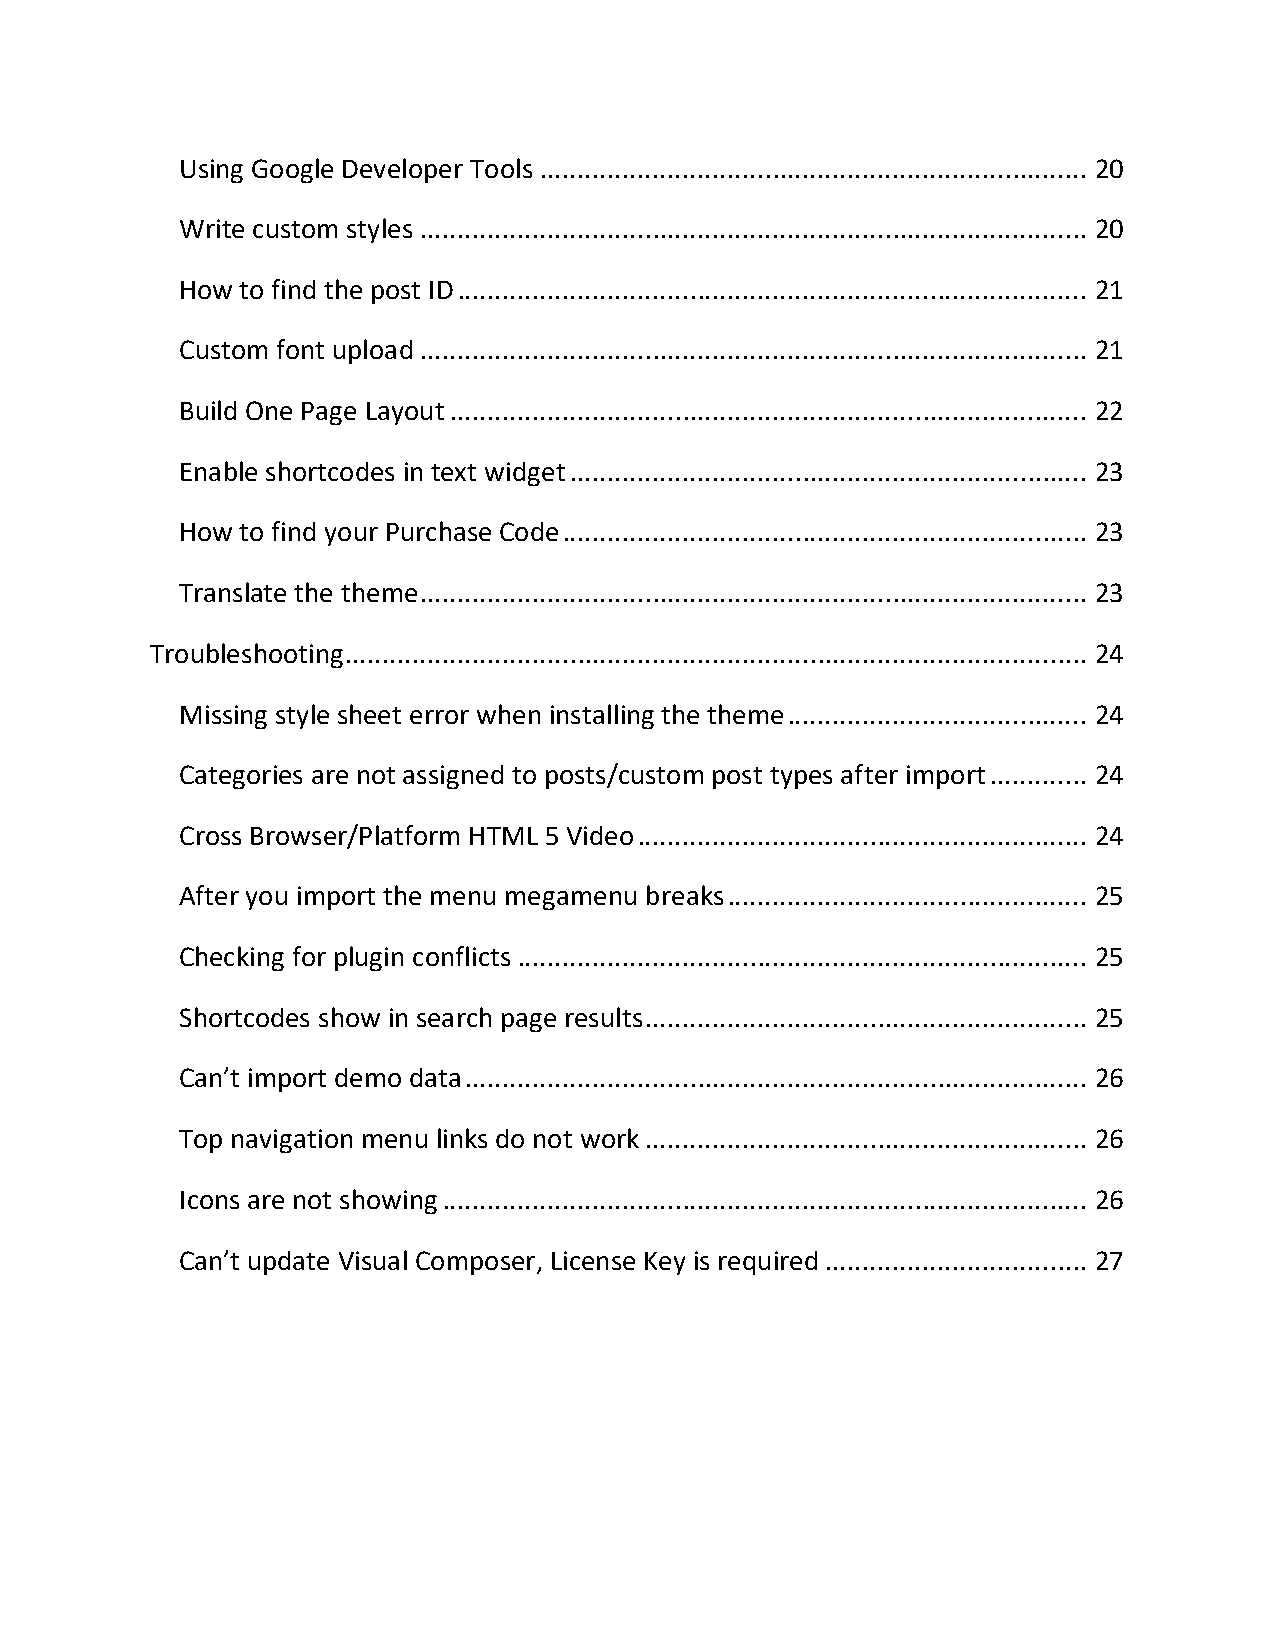
Using Google Developer Tools ......................................................................... 20
 Write custom styles ......................................................................................... 20
 How to find the post ID .................................................................................... 21
 Custom font upload ......................................................................................... 21
 Build One Page Layout ..................................................................................... 22
 Enable shortcodes in text widget ..................................................................... 23
 How to find your Purchase Code ...................................................................... 23
 Translate the theme ......................................................................................... 23
 Troubleshooting ................................................................................................... 24
 Missing style sheet error when installing the theme ........................................ 24
 Categories are not assigned to posts/custom post types after import ............. 24
 Cross Browser/Platform HTML 5 Video ............................................................ 24
 After you import the menu megamenu breaks ................................................ 25
 Checking for plugin conflicts ............................................................................ 25
 Shortcodes show in search page results ........................................................... 25
 Can’t import demo data ................................................................................... 26
 Top navigation menu links do not work ........................................................... 26
 Icons are not showing ...................................................................................... 26
 Can’t update Visual Composer, License Key is required ................................... 27